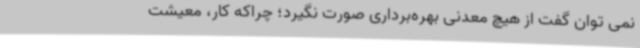
نمی توان گفت از هیچ معدنی بهره‌برداری صورت نگیرد؛ چراکه کار، معیشت